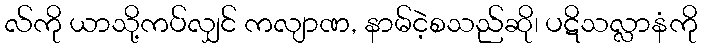
လ်ကို ယာသို့ကပ်လျှင် ကလျာဏ, နာမ်ငဲ့စသည်ဆို၊ ပဋိသလ္လာနံကို